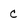
Character: C